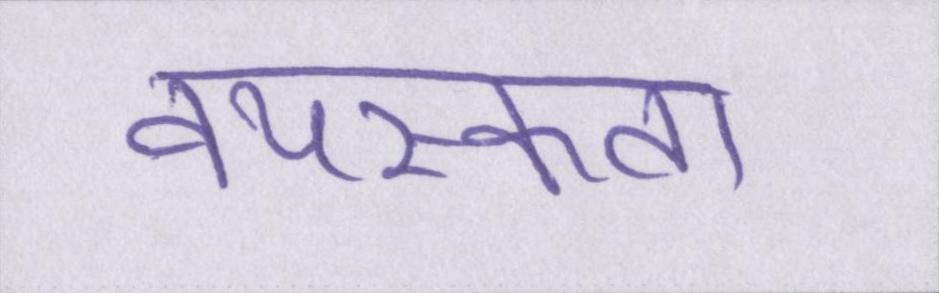
वयस्कता